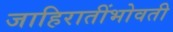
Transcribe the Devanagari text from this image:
जाहिरातींभोवती